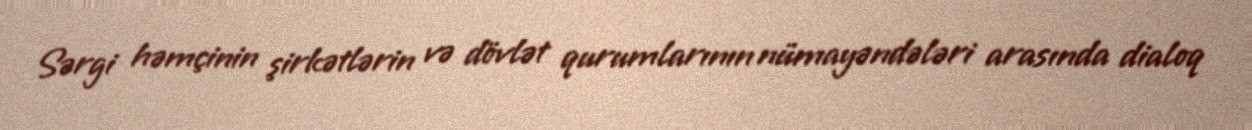
Sərgi həmçinin şirkətlərin və dövlət qurumlarının nümayəndələri arasında dialoq